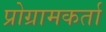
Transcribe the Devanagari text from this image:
प्रोग्रामकर्ता